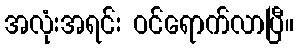
အလုံးအရင်း ဝင်ရောက်လာပြီ။